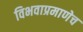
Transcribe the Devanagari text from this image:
विभवाप्रमाणेच